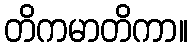
တိကမာတိကာ။